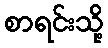
စာရင်းသို့